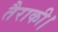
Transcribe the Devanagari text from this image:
तैराकी।